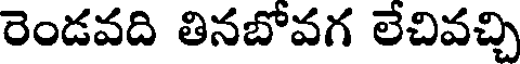
రెండవది తినబోవగ లేచివచ్చి